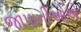
જાપાનીઓએ